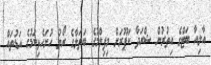
އާލިއާ ބަޓްގެ އިތުރުން ޝްރަދާ ކަޕޫރަށް މިފިލްމުގެ ބަތަލާގެ ރޯލު ހުށަހެޅިކަމުގެ އަޑުތައް